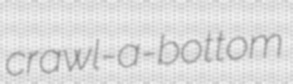
crawl-a-bottom